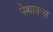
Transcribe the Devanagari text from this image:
पेथाकल